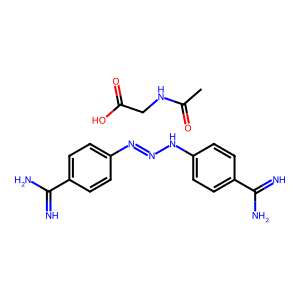
SMILES: CC(=O)NCC(=O)O.N=C(N)c1ccc(N=NNc2ccc(C(=N)N)cc2)cc1
Inhibits HIV replication: No